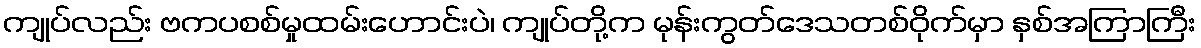
ကျုပ်လည်း ဗကပစစ်မှုထမ်းဟောင်းပဲ၊ ကျုပ်တို့က မုန်းကွတ်ဒေသတစ်ဝိုက်မှာ နှစ်အကြာကြီး